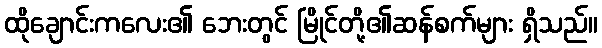
ထိုချောင်းကလေး၏ ဘေးတွင် မြိုင်တို့၏ဆန်စက်များ ရှိသည်။